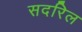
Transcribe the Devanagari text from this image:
सदरिल